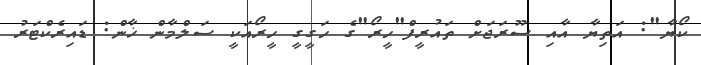
ކޯޔާ": އަތިޔާ އާއި ސޫރަޖަށް ތައުރީފް"ހީރޯ"ގެ ހަގީގީ ހީރޯއަކީ ސަލްމާން ޚާން: ޑައިރެކްޓަރު